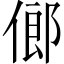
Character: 𠌇